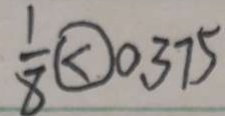
\frac { 1 } { 8 } \textcircled { < } 0 3 7 5